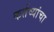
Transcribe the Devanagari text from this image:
कर्तव्यांचा